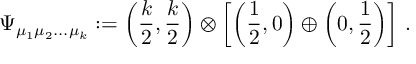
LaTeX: \Psi _ { \mu _ { 1 } \mu _ { 2 } . . . \mu _ { k } } : = \left( { \frac { k } { 2 } } , { \frac { k } { 2 } } \right) \otimes \left[ \left( { \frac { 1 } { 2 } } , 0 \right) \oplus \left( 0 , { \frac { 1 } { 2 } } \right) \right] \, .